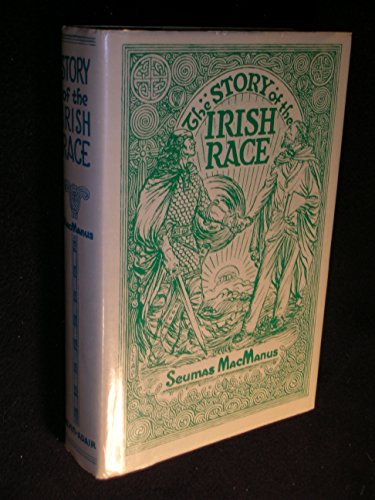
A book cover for The Story of the Irish Race A Popular History of Ireland; Seumas MacManus; Biographies & Memoirs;